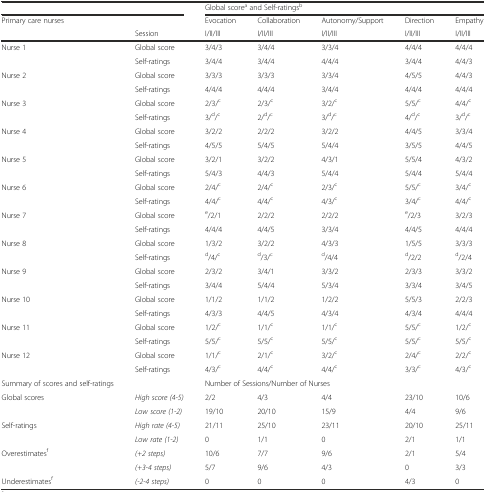
<table><thead><tr><td colspan="2"></td><td colspan="5"><b>Global score<sup>a</sup> and Self-ratings<sup>b</sup></b></td></tr><tr><td><b>Primary care nurses</b></td><td></td><td><b>Evocation</b></td><td><b>Collaboration</b></td><td><b>Autonomy/Support</b></td><td><b>Direction</b></td><td><b>Empathy</b></td></tr><tr><td></td><td><b>Session</b></td><td><b>I/II/III</b></td><td><b>I/II/III</b></td><td><b>I/II/III</b></td><td><b>I/II/III</b></td><td><b>I/II/III</b></td></tr></thead><tbody><tr><td>Nurse 1</td><td>Global score</td><td>3/4/3</td><td>3/4/4</td><td>3/3/4</td><td>4/4/4</td><td>4/4/4</td></tr><tr><td></td><td>Self-ratings</td><td>3/4/4</td><td>3/4/4</td><td>4/4/4</td><td>3/4/4</td><td>4/4/3</td></tr><tr><td>Nurse 2</td><td>Global score</td><td>3/3/3</td><td>3/3/3</td><td>3/3/4</td><td>4/5/5</td><td>4/4/3</td></tr><tr><td></td><td>Self-ratings</td><td>4/4/4</td><td>4/4/4</td><td>3/4/4</td><td>4/4/4</td><td>4/4/4</td></tr><tr><td>Nurse 3</td><td>Global score</td><td>2/3/<sup>c</sup></td><td>2/3/<sup>c</sup></td><td>3/2/<sup>c</sup></td><td>5/5/<sup>c</sup></td><td>4/4/<sup>c</sup></td></tr><tr><td></td><td>Self-ratings</td><td>3/<sup>d</sup>/<sup>c</sup></td><td>2/<sup>d</sup>/<sup>c</sup></td><td>3/<sup>d</sup>/<sup>c</sup></td><td>4/<sup>d</sup>/<sup>c</sup></td><td>3/<sup>d</sup>/<sup>c</sup></td></tr><tr><td>Nurse 4</td><td>Global score</td><td>3/2/2</td><td>2/2/2</td><td>3/2/2</td><td>4/4/5</td><td>3/3/4</td></tr><tr><td></td><td>Self-ratings</td><td>4/5/5</td><td>5/4/5</td><td>5/4/4</td><td>3/5/5</td><td>4/4/5</td></tr><tr><td>Nurse 5</td><td>Global score</td><td>3/2/1</td><td>3/2/2</td><td>4/3/1</td><td>5/5/4</td><td>4/3/2</td></tr><tr><td></td><td>Self-ratings</td><td>5/4/3</td><td>4/4/3</td><td>5/4/4</td><td>5/4/4</td><td>5/4/4</td></tr><tr><td>Nurse 6</td><td>Global score</td><td>2/4/<sup>c</sup></td><td>2/4/<sup>c</sup></td><td>2/3/<sup>c</sup></td><td>5/5/<sup>c</sup></td><td>3/4/<sup>c</sup></td></tr><tr><td></td><td>Self-ratings</td><td>4/4/<sup>c</sup></td><td>4/4/<sup>c</sup></td><td>4/3/<sup>c</sup></td><td>3/4/<sup>c</sup></td><td>4/4/<sup>c</sup></td></tr><tr><td>Nurse 7</td><td>Global score</td><td><sup>e</sup>/2/1</td><td>2/2/2</td><td>2/2/2</td><td><sup>e</sup>/2/3</td><td>3/2/3</td></tr><tr><td></td><td>Self-ratings</td><td>4/4/4</td><td>4/4/5</td><td>3/3/4</td><td>4/4/5</td><td>4/4/4</td></tr><tr><td>Nurse 8</td><td>Global score</td><td>1/3/2</td><td>3/2/2</td><td>4/3/3</td><td>1/5/5</td><td>3/3/3</td></tr><tr><td></td><td>Self-ratings</td><td><sup>d</sup>/4/<sup>c</sup></td><td><sup>d</sup>/3/<sup>c</sup></td><td><sup>d</sup>/4/4</td><td><sup>d</sup>/2/2</td><td><sup>d</sup>/2/4</td></tr><tr><td>Nurse 9</td><td>Global score</td><td>2/3/2</td><td>3/4/1</td><td>3/3/2</td><td>2/3/3</td><td>3/3/2</td></tr><tr><td></td><td>Self-ratings</td><td>3/4/4</td><td>5/4/4</td><td>5/3/4</td><td>3/3/4</td><td>3/4/5</td></tr><tr><td>Nurse 10</td><td>Global score</td><td>1/1/2</td><td>1/1/2</td><td>1/2/2</td><td>5/5/3</td><td>2/2/3</td></tr><tr><td></td><td>Self-ratings</td><td>4/3/3</td><td>4/4/5</td><td>4/3/4</td><td>4/3/4</td><td>4/4/4</td></tr><tr><td>Nurse 11</td><td>Global score</td><td>1/2/<sup>c</sup></td><td>1/1/<sup>c</sup></td><td>1/1/<sup>c</sup></td><td>5/5/<sup>c</sup></td><td>1/2/<sup>c</sup></td></tr><tr><td></td><td>Self-ratings</td><td>5/5/<sup>c</sup></td><td>5/5/<sup>c</sup></td><td>5/5/<sup>c</sup></td><td>5/5/<sup>c</sup></td><td>5/5/<sup>c</sup></td></tr><tr><td>Nurse 12</td><td>Global score</td><td>1/1/<sup>c</sup></td><td>2/1/<sup>c</sup></td><td>3/2/<sup>c</sup></td><td>2/4/<sup>c</sup></td><td>2/2/<sup>c</sup></td></tr><tr><td></td><td>Self-ratings</td><td>4/3/<sup>c</sup></td><td>4/4/<sup>c</sup></td><td>4/4/<sup>c</sup></td><td>3/3/<sup>c</sup></td><td>4/3/<sup>c</sup></td></tr><tr><td>Summary of scores and self-ratings</td><td></td><td colspan="5">Number of Sessions/Number of Nurses</td></tr><tr><td>Global scores</td><td><i>High score (4-5)</i></td><td>2/2</td><td>4/3</td><td>4/4</td><td>23/10</td><td>10/6</td></tr><tr><td></td><td><i>Low score (1-2)</i></td><td>19/10</td><td>20/10</td><td>15/9</td><td>4/4</td><td>9/6</td></tr><tr><td>Self-ratings</td><td><i>High rate (4-5)</i></td><td>21/11</td><td>25/10</td><td>23/11</td><td>20/10</td><td>25/11</td></tr><tr><td></td><td><i>Low rate (1-2)</i></td><td>0</td><td>1/1</td><td>0</td><td>2/1</td><td>1/1</td></tr><tr><td>Overestimates<sup>f</sup></td><td><i>(+2 steps)</i></td><td>10/6</td><td>7/7</td><td>9/6</td><td>2/1</td><td>5/4</td></tr><tr><td></td><td><i>(+3-4 steps)</i></td><td>5/7</td><td>9/6</td><td>4/3</td><td>0</td><td>3/3</td></tr><tr><td>Underestimates<sup>f</sup></td><td><i>(-2-4 steps)</i></td><td>0</td><td>0</td><td>0</td><td>4/3</td><td>0</td></tr></tbody></table>